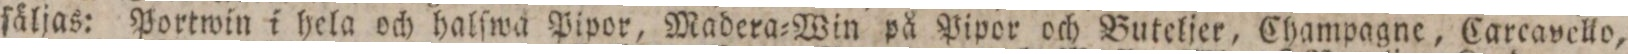
ſäljas: Portwin i hela och halſwa Pipor, Madera=Win på Pipor och Butelier, Champagne, Careavello,